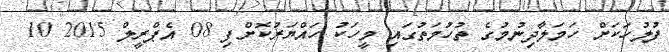
ފުލުހަކަށް ހަމަލާދިނުމުގެ ތުހުމަތުގައި މީހަކު ހައްޔަރުކޮށްފި 08 އެޕްރީލް 2015 10